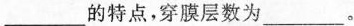
___的特点，穿膜层数为___。